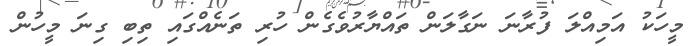
މީހަކު އަމިއްލަ ފުރާނަ ނަގާލަން ތައްޔާރުވެގެން ހުރި ތަނެއްގައި ތިބި ގިނަ މީހުން